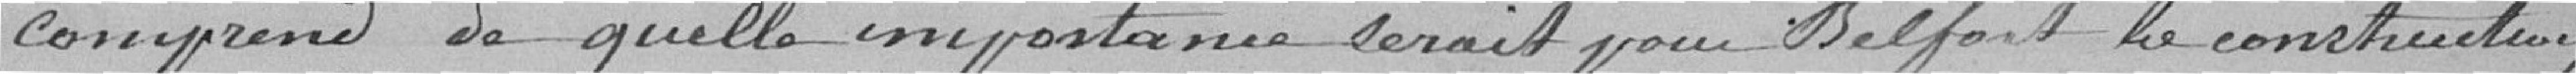
comprend à quelle importance serait pour Belfort la construction